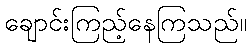
ချောင်းကြည့်နေကြသည်။